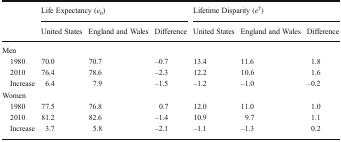
<table><thead><tr><td>[EMPTY_CELL]</td><td colspan="3"><b>Life Expectancy (<i>e</i><sub>0</sub>)</b></td><td colspan="3"><b>Lifetime Disparity (<i>e</i><sup>†</sup>)</b></td></tr><tr><td>[EMPTY_CELL]</td><td><b>United States</b></td><td><b>England and Wales</b></td><td><b>Difference</b></td><td><b>United States</b></td><td><b>England and Wales</b></td><td><b>Difference</b></td></tr></thead><tbody><tr><td>Men</td><td>[EMPTY_CELL]</td><td>[EMPTY_CELL]</td><td>[EMPTY_CELL]</td><td>[EMPTY_CELL]</td><td>[EMPTY_CELL]</td><td>[EMPTY_CELL]</td></tr><tr><td> 1980</td><td>70.0</td><td>70.7</td><td>–0.7</td><td>13.4</td><td>11.6</td><td>1.8</td></tr><tr><td> 2010</td><td>76.4</td><td>78.6</td><td>–2.3</td><td>12.2</td><td>10.6</td><td>1.6</td></tr><tr><td> Increase</td><td>6.4</td><td>7.9</td><td>–1.5</td><td>–1.2</td><td>–1.0</td><td>–0.2</td></tr><tr><td>Women</td><td>[EMPTY_CELL]</td><td>[EMPTY_CELL]</td><td>[EMPTY_CELL]</td><td>[EMPTY_CELL]</td><td>[EMPTY_CELL]</td><td>[EMPTY_CELL]</td></tr><tr><td> 1980</td><td>77.5</td><td>76.8</td><td>0.7</td><td>12.0</td><td>11.0</td><td>1.0</td></tr><tr><td> 2010</td><td>81.2</td><td>82.6</td><td>–1.4</td><td>10.9</td><td>9.7</td><td>1.1</td></tr><tr><td> Increase</td><td>3.7</td><td>5.8</td><td>–2.1</td><td>–1.1</td><td>–1.3</td><td>0.2</td></tr></tbody></table>